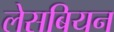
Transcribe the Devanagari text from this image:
लेसबियन